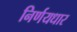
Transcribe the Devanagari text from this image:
निर्णयधार